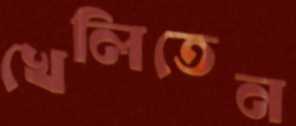
খেলিতেন